Report of the Indian Hemp Drugs Commission, 1894-1895 - Volume I
Year: 1894
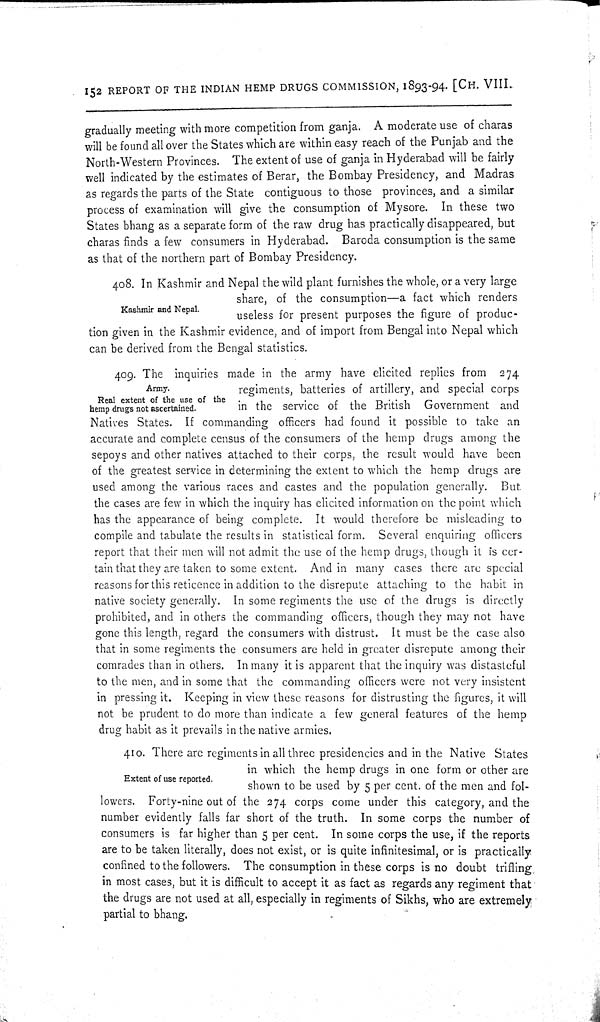
152 REPORT OF THE INDIAN HEMP DRUGS COMMISSION, 1893-94. [CH. VIII.
gradually meeting with more competition from ganja. A moderate use of charas
will be found all over the States which are within easy reach of the Punjab and the
North-Western Provinces. The extent of use of ganja in Hyderabad will be fairly
well indicated by the estimates of Berar, the Bombay Presidency, and Madras
as regards the parts of the State contiguous to those provinces, and a similar
process of examination will give the consumption of Mysore. In these two
States bhang as a separate form of the raw drug has practically disappeared, but
charas finds a few consumers in Hyderabad. Baroda consumption is the same
as that of the northern part of Bombay Presidency.
Kashmir and Nepal.
408. In Kashmir and Nepal the wild plant furnishes the whole, or a very large
share, of the consumption—a fact which renders
useless for present purposes the figure of produc-
tion given in the Kashmir evidence, and of import from Bengal into Nepal which
can be derived from the Bengal statistics.
Real extent of the use of the
hemp drugs not ascertained.
409. The inquiries made in the army have elicited replies from 274
Army.
regiments, batteries of artillery, and special corps
in the service of the British Government and
Natives States. If commanding officers had found it possible to take an
accurate and complete census of the consumers of the hemp drugs among the
sepoys and other natives attached to their corps, the result would have been
of the greatest service in determining the extent to which the hemp drugs are
used among the various races and castes and the population generally. But
the cases are few in which the inquiry has elicited information on the point which
has the appearance of being complete. It would therefore be misleading to
compile and tabulate the results in statistical form. Several enquiring officers
report that their men will not admit the use of the hemp drugs, though it is cer-
tain that they are taken to some extent. And in many cases there are special
reasons for this reticence in addition to the disrepute attaching to the habit in
native society generally. In some regiments the use of the drugs is directly
prohibited, and in others the commanding officers, though they may not have
gone this length, regard the consumers with distrust. It must be the case also
that in some regiments the consumers are held in greater disrepute among their
comrades than in others. In many it is apparent that the inquiry was distasteful
to the men, and in some that the commanding officers were not very insistent
in pressing it. Keeping in view these reasons for distrusting the figures, it will
not be prudent to do more than indicate a few general features of the hemp
drug habit as it prevails in the native armies.
Extent of use reported.
410. There are regiments in all three presidencies and in the Native States
in which the hemp drugs in one form or other are
shown to be used by 5 per cent. of the men and fol-
lowers. Forty-nine out of the 274 corps come under this category, and the
number evidently falls far short of the truth. In some corps the number of
consumers is far higher than 5 per cent. In some corps the use, if the reports
are to be taken literally, does not exist, or is quite infinitesimal, or is practically
confined to the followers. The consumption in these corps is no doubt trifling
in most cases, but it is difficult to accept it as fact as regards any regiment that
the drugs are not used at all, especially in regiments of Sikhs, who are extremely
partial to bhang.